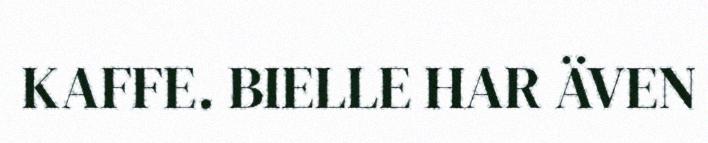
KAFFE. BIELLE HAR ÄVEN